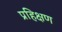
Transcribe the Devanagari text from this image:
प्रहिक्षण